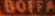
BOFFA